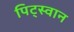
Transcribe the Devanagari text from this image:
पिट्स्वान